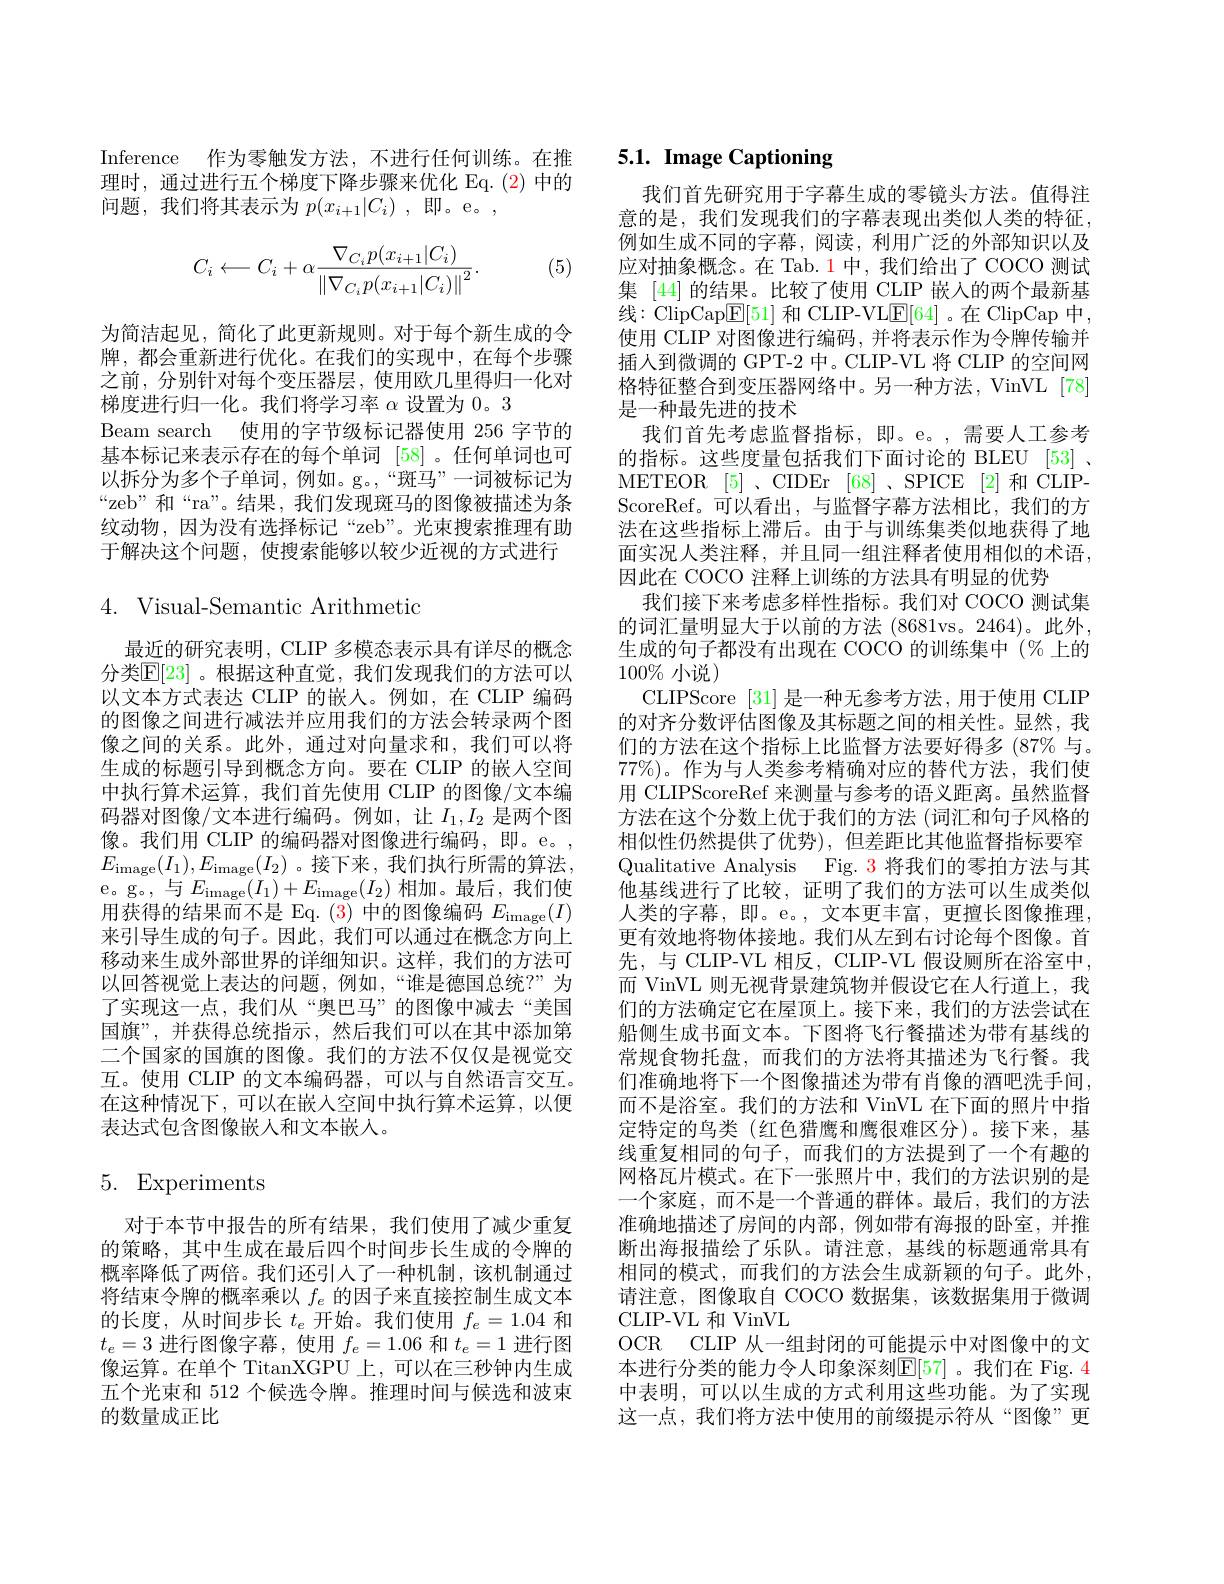
Inference 作为零触发方法，不进行任何训练。在推理时，通过进行五个梯度下降步骤来优化 Eq. (2) 中的问题，我们将其表示为$p(x_i+1|C_i)$ ,即。e。,
$$C_i\longleftarrow C_i+\alpha\frac{\nabla_{C_i}p(x_{i+1}|C_i)}{\left\|\nabla_{C_i}p(x_{i+1}|C_i)\right\|^2}.$$
(5)

为简洁起见，简化了此更新规则。对于每个新生成的令牌，都会重新进行优化。在我们的实现中，在每个步骤之前，分别针对每个变压器层，使用欧几里得归一化对梯度进行归一化。我们将学习率$\alpha$设置为0。3
Beam search 使用的字节级标记器使用 256 字节的基本标记来表示存在的每个单词 [58]。任何单词也可以拆分为多个子单词，例如。g。,“斑马”一词被标记为“zeb”和“ra”。结果，我们发现斑马的图像被描述为条纹动物，因为没有选择标记“zeb”。光束搜索推理有助于解决这个问题，使搜索能够以较少近视的方式进行

4. Visual-Semantic Arithmetic

最近的研究表明，CLIP 多模态表示具有详尽的概念分类$\mathbb{E}[23]$。根据这种直觉，我们发现我们的方法可以以文本方式表达 CLIP 的嵌人。例如，在 CLIP 编码的图像之间进行减法并应用我们的方法会转录两个图像之间的关系。此外，通过对向量求和，我们可以将生成的标题引导到概念方向。要在 CLIP 的嵌入空间中执行算术运算，我们首先使用 CLIP 的图像/文本编码器对图像/文本进行编码。例如，让$I_1,I_2$是两个图像。我们用 CLIP 的编码器对图像进行编码，即。e。, $E_{\mathrm}(I_1),E_{\mathrm}(I_2)$。接下来，我们执行所需的算法， e。g。与$E_\mathrm(I_{1})+E_\mathrm(I_{2})$相加。最后，我们使用获得的结果而不是 Eq. (3) 中的图像编码$E_\mathrm(I)$ 来引导生成的句子。因此，我们可以通过在概念方向上移动来生成外部世界的详细知识。这样，我们的方法可以回答视觉上表达的问题，例如，“谁是德国总统？”为了实现这一点，我们从“奥巴马”的图像中减去“美国国旗”,并获得总统指示，然后我们可以在其中添加第二个国家的国旗的图像。我们的方法不仅仅是视觉交互。使用 CLIP 的文本编码器，可以与自然语言交互。在这种情况下，可以在嵌入空间中执行算术运算，以便表达式包含图像嵌人和文本嵌入。

# 5. Experiments

对于本节中报告的所有结果，我们使用了减少重复的策略，其中生成在最后四个时间步长生成的令牌的概率降低了两倍。我们还引人了一种机制，该机制通过将结束令牌的概率乘以$f_e$的因子来直接控制生成文本的长度，从时间步长$t_e$开始。我们使用$f_e=1.04$和$t_e=3$进行图像字幕，使用$f_e=1.06$和$t_e=1$进行图像运算。在单个 TitanXGPU 上，可以在三秒钟内生成五个光束和 512 个候选令牌。推理时间与候选和波束的数量成正比

# 5.1. Image Captioning

格特征整合到变压器网络中。另一种方法，VinVL [78]
是一种最先进的技术
我们首先考虑监督指标，即。e。,需要人工参考

我们首先研究用于字幕生成的零镜头方法。值得注意的是，我们发现我们的字幕表现出类似人类的特征， 例如生成不同的字幕，阅读，利用广泛的外部知识以及应对抽象概念。在 Tab.1中，我们给出了COCO 测试集 [44] 的结果。比较了使用 CLIP 嵌入的两个最新基线：ClipCap$\overline{\mathrm{E}}[51]$和 CLIP-VL$\underline{\mathrm{E}}[64]$。在 ClipCap 中， 使用 CLIP 对图像进行编码，并将表示作为令牌传输并插人到微调的 GPT-2 中。CLIP-VL 将 CLIP 的空间网的指标。这些度量包括我们下面讨论的 BLEU [53] , METEOR [5] 、CIDEr [68] , SPICE [2] 和 CLIPScoreRef。可以看出，与监督字幕方法相比，我们的方法在这些指标上滞后。由于与训练集类似地获得了地面实况人类注释，并且同一组注释者使用相似的术语， 因此在 COCO 注释上训练的方法具有明显的优势
我们接下来考虑多样性指标。我们对 COCO 测试集的词汇量明显大于以前的方法 (8681vs。2464)。此外， 生成的句子都没有出现在 COCO 的训练集中 (% 上的$100\%$小说)
CLIPScore [31]是一种无参考方法，用于使用 CLIP 的对齐分数评估图像及其标题之间的相关性。显然，我们的方法在这个指标上比监督方法要好得多(87% 与。$77\%)$。作为与人类参考精确对应的替代方法，我们使用 CLIPScoreRef 来测量与参考的语义距离。虽然监督方法在这个分数上优于我们的方法 (词汇和句子风格的相似性仍然提供了优势),但差距比其他监督指标要窄Qualitative Analysis Fig. 3 将我们的零拍方法与其他基线进行了比较，证明了我们的方法可以生成类似人类的字幕，即。e。,文本更丰富，更擅长图像推理， 更有效地将物体接地。我们从左到右讨论每个图像。首先，与 CLIP-VL 相反，CLIP-VL 假设厕所在浴室中， 而 VinVL 则无视背景建筑物并假设它在人行道上，我们的方法确定它在屋顶上。接下来，我们的方法尝试在船侧生成书面文本。下图将飞行餐描述为带有基线的常规食物托盘，而我们的方法将其描述为飞行餐。我们准确地将下一个图像描述为带有肖像的酒吧洗手间， 而不是浴室。我们的方法和 VinVL 在下面的照片中指定特定的鸟类(红色猎鹰和鹰很难区分)。接下来，基线重复相同的句子，而我们的方法提到了一个有趣的网格瓦片模式。在下一张照片中，我们的方法识别的是一个家庭，而不是一个普通的群体。最后，我们的方法准确地描述了房间的内部，例如带有海报的卧室，并推断出海报描绘了乐队。请注意，基线的标题通常具有相同的模式，而我们的方法会生成新颖的句子。此外， 请注意，图像取自 COCO 数据集，该数据集用于微调CLIP-VL 和 VinVL
OCR CLIP 从一组封闭的可能提示中对图像中的文本进行分类的能力令人印象深刻$\mathbb{E}[57]$ 。我们在 Fig. 4中表明，可以以生成的方式利用这些功能。为了实现这一点，我们将方法中使用的前缀提示符从“图像”更